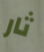
ثار